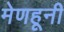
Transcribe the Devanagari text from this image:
मेणहूनी